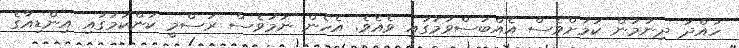
ހުއްދަ ދިނުމުން ކަމަށްވެސް އެއްބަސްވުމުގައި ވެއެވެ. އެހެން ނަމަވެސް ރަސްމީ ކަންކަމުގައި އިންޑިއާގެ